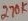
Text: 270K